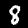
Digit: 8